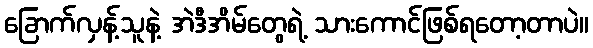
ခြောက်လှန့်သူနဲ့ အဲဒီအိမ်တွေရဲ့ သားကောင်ဖြစ်ရတော့တာပဲ။